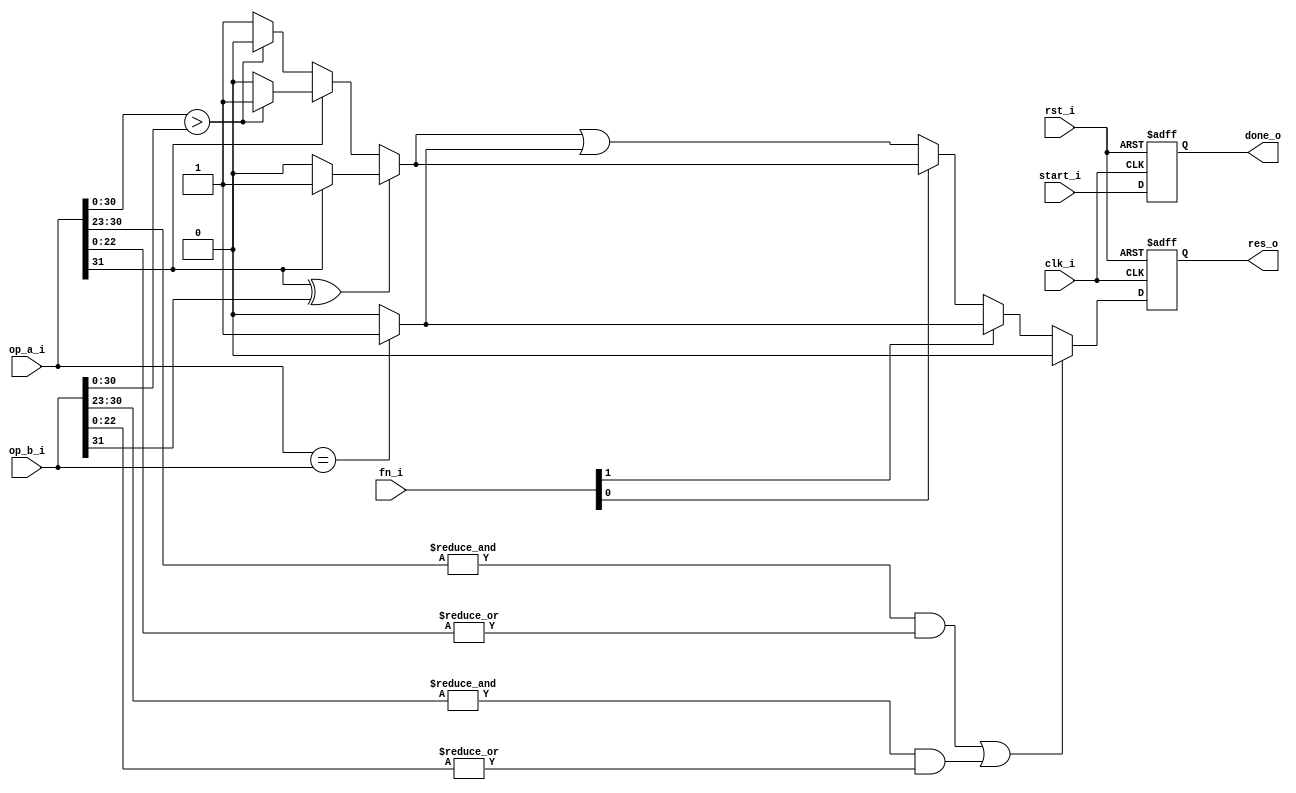
// This program was cloned from: https://github.com/IObundle/iob-soc
// License: MIT License

`timescale 1ns / 1ps

module iob_fp_cmp # (
                 parameter DATA_W = 32,
                 parameter EXP_W = 8
                 )
  (
   input              clk_i,
   input              rst_i,

   input              start_i,
   output reg         done_o,

   input [1:0]        fn_i,
   input [DATA_W-1:0] op_a_i,
   input [DATA_W-1:0] op_b_i,

   output reg         res_o
   );

   wire               equal = (op_a_i == op_b_i)? 1'b1: 1'b0;

   wire               less = (op_a_i[DATA_W-1] ^ op_b_i[DATA_W-1])? (op_a_i[DATA_W-1]? 1'b1: 1'b0):
                                                op_a_i[DATA_W-1]? ((op_a_i[DATA_W-2:0] > op_b_i[DATA_W-2:0])? 1'b1: 1'b0):
                                                                ((op_a_i[DATA_W-2:0] > op_b_i[DATA_W-2:0])? 1'b0: 1'b1);

   wire               op_a_nan = &op_a_i[DATA_W-2 -: EXP_W] & |op_a_i[DATA_W-EXP_W-2:0];
   wire               op_b_nan = &op_b_i[DATA_W-2 -: EXP_W] & |op_b_i[DATA_W-EXP_W-2:0];

   wire               res_int = (op_a_nan | op_b_nan)? 1'b0:
                                                fn_i[1]? equal:
                                                fn_i[0]? less:
                                                       less|equal;

   always @(posedge clk_i, posedge rst_i) begin
      if (rst_i) begin
         res_o <= 1'b0;
         done_o <= 1'b0;
      end else begin
         res_o <= res_int;
         done_o <= start_i;
      end
   end

endmodule